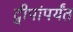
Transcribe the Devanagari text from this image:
द्वीपांपर्यंत